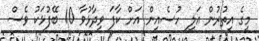
މީގެ އިތުރުން އަލީ ހުސެއިން އަށް ކާފަ ވިދާޅުވާ 10 ބޭފުޅަކު ވެސް